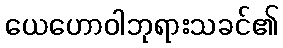
ယေဟောဝါဘုရားသခင်၏